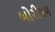
બોરીયમ